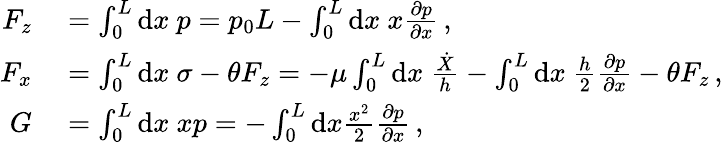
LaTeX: \begin{array}{rl}{F_{z}}&{{}=\int_{0}^{L}\mathrm{d}x\ p=p_{0}L-\int_{0}^{L}\mathrm{d}x\ x\frac{\partial p}{\partial x}\, ,}\\ {F_{x}}&{{}=\int_{0}^{L}\mathrm{d}x\ \sigma-\theta F_{z}=-\mu\int_{0}^{L}\mathrm{d}x\ \frac{\dot{X}}{h}-\int_{0}^{L}\mathrm{d}x\ \frac{h}{2}\frac{\partial p}{\partial x}-\theta F_{z}\, ,}\\ {G}&{{}=\int_{0}^{L}\mathrm{d}x\ xp=-\int_{0}^{L}\mathrm{d}x\frac{x^{2}}{2}\frac{\partial p}{\partial x}\, ,}\end{array}